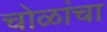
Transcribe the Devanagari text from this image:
चोळांचा